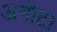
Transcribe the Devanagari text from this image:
अगोट।